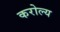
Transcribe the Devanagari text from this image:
करोल्य